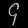
Digit: ၄